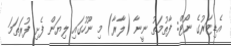
އެޑިޓަރުގެ ނޯޓް: ފާތުމަތު ނީނާ (ލާރާ) މި ނޫހުގައި ލިޔަން ފެށި ފުރަތަމަ